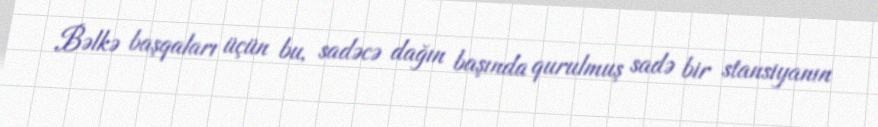
Bəlkə başqaları üçün bu, sadəcə dağın başında qurulmuş sadə bir stansiyanın